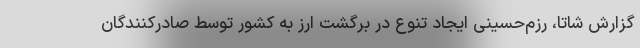
گزارش شاتا، رزم‌حسینی ایجاد تنوع در برگشت ارز به کشور توسط صادرکنندگان